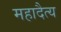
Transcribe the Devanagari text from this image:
महादैत्य